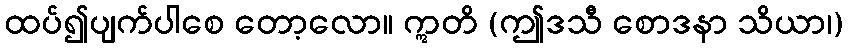
ထပ်၍ပျက်ပါစေ တော့လော။ ဣတိ (ဤဒသီ စောဒနာ သိယာ၊)